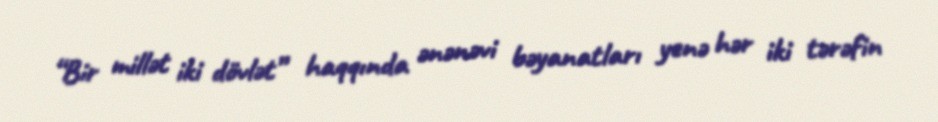
“Bir millət iki dövlət” haqqında ənənəvi bəyanatları yenə hər iki tərəfin